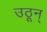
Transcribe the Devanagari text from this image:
उठून्